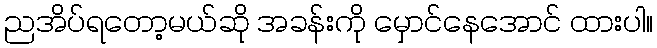
ညအိပ်ရတော့မယ်ဆို အခန်းကို မှောင်နေအောင် ထားပါ။